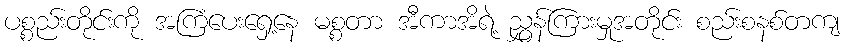
ပစ္စည်းတိုင်းကို အကြံပေးရှေ့နေ မစ္စတာ အီကာအိရဲ့ ညွှန်ကြားမှုအတိုင်း စည်းစနစ်တကျ